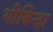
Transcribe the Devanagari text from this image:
गोबिन्दा